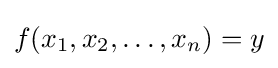
f(x_{1},x_{2},\ldots ,x_{n})=y